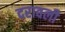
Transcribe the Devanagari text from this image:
दरावली